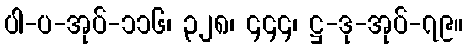
ပါ-ပ-အုပ်-၁၁၆၊ ၃၂၈၊ ၄၄၄၊ ဋ္ဌ-ဒု-အုပ်-၇၉။